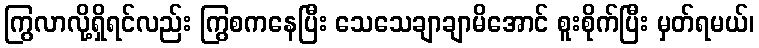
ကြွလာလို့ရှိရင်လည်း ကြွစကနေပြီး သေသေချာချာမိအောင် စူးစိုက်ပြီး မှတ်ရမယ်၊